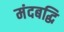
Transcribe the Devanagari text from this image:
मंदबद्धि